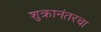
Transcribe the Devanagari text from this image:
शुक्रानंतरचा